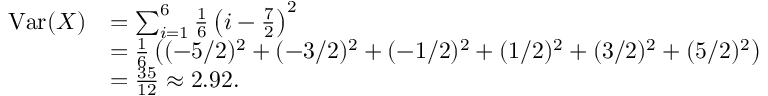
{ \begin{array} { r l } { \operatorname { V a r } ( X ) } & { = \sum _ { i = 1 } ^ { 6 } { \frac { 1 } { 6 } } \left( i - { \frac { 7 } { 2 } } \right) ^ { 2 } } \\ & { = { \frac { 1 } { 6 } } \left( ( - 5 / 2 ) ^ { 2 } + ( - 3 / 2 ) ^ { 2 } + ( - 1 / 2 ) ^ { 2 } + ( 1 / 2 ) ^ { 2 } + ( 3 / 2 ) ^ { 2 } + ( 5 / 2 ) ^ { 2 } \right) } \\ & { = { \frac { 3 5 } { 1 2 } } \approx 2 . 9 2 . } \end{array} }